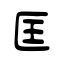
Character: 匡